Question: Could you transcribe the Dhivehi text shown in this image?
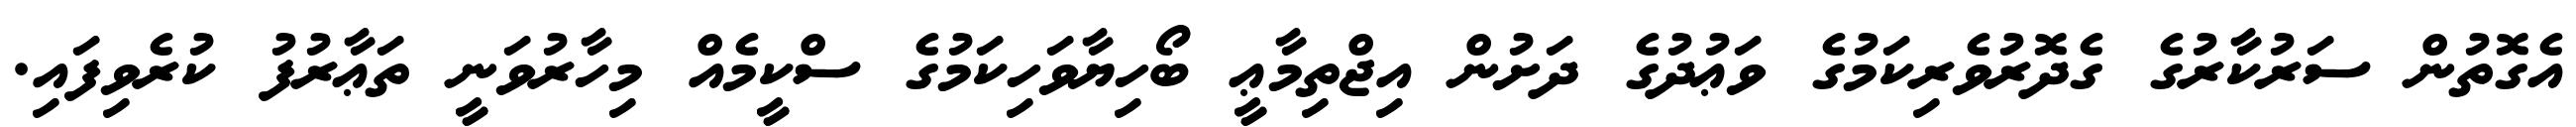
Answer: އެގޮތުން ސަރުކާރުގެ ގެދޮރުވެރިކަމުގެ ވަޢުދުގެ ދަށުން އިޖްތިމާޢީ ބޯހިޔާވަހިކަމުގެ ސްކީމެއް މިހާރުވަނީ ތަޢާރުފު ކުރެވިފައި.